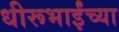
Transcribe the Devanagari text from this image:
धीरूभाईंच्या